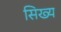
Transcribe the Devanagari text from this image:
सिख्य